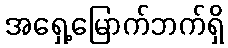
အရှေ့မြောက်ဘက်ရှိ